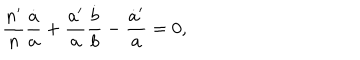
LaTeX: { \frac { n ^ { \prime } } { n } } { \frac { \dot { a } } { a } } + { \frac { a ^ { \prime } } { a } } { \frac { \dot { b } } { b } } - { \frac { \dot { a } ^ { \prime } } { a } } = 0 ,